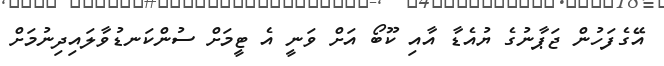
އޭގެފަހުން ޖަޕާނުގެ ޔުއެޑާ އާއި ކޫބޯ އަށް ވަނީ އެ ޓީމަށް ސުންކަނޑުވާލައިދިނުމަށް